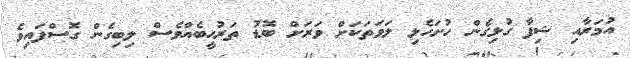
އުމަރާއި ޝިފާ ގުޅިގެން ހުށަހެޅި ލަވަތަކަށް ވަރަށް ބޮޑު ތަރުޙީބެއްވެސް ލިބިގެން ގޮސްފައިވެ